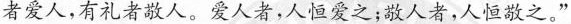
者爱人，有礼者敬人。爱人者，人恒爱之；敬人者，人恒敬之。”